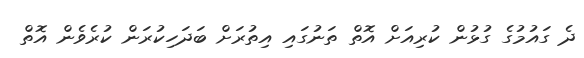
ދެ ގައުމުގެ ގުޅުން ކުރިއަށް އޮތް ތަނުގައި އިތުރަށް ބަދަހިކުރަން ކުރެވެން އޮތް